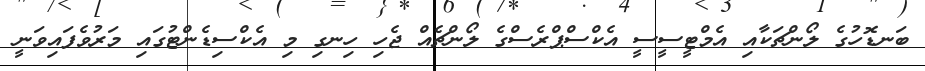
ބަނޑޮހުގެ ލޯންޗަކާއި އެމްޓީސީސީ އެކްސްޕްރެސްގެ ލޯންޗެއް ޖެހި ހިނގި މި އެކްސިޑެންޓުގައި މަރުވެފައިވަނީ